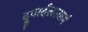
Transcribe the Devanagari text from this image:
दूवार्दलश्यामं